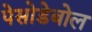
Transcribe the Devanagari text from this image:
पेसोडेबोल